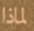
لماذا